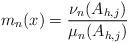
LaTeX: \begin{align*}m_{n}(x)= \frac{ \nu_n(A_{h,j}) }{ \mu_n(A_{h,j})}\end{align*}